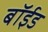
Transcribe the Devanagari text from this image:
बॉईड